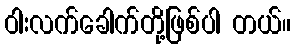
ဝါးလက်ခေါက်တို့ဖြစ်ပါ တယ်။